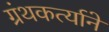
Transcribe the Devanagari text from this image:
ग्रंथकर्त्याने